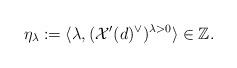
LaTeX: \begin{align*} \eta_{\lambda}:=\langle \lambda, (\mathcal{X}'(d)^{\vee})^{\lambda>0} \rangle \in \mathbb{Z}.\end{align*}